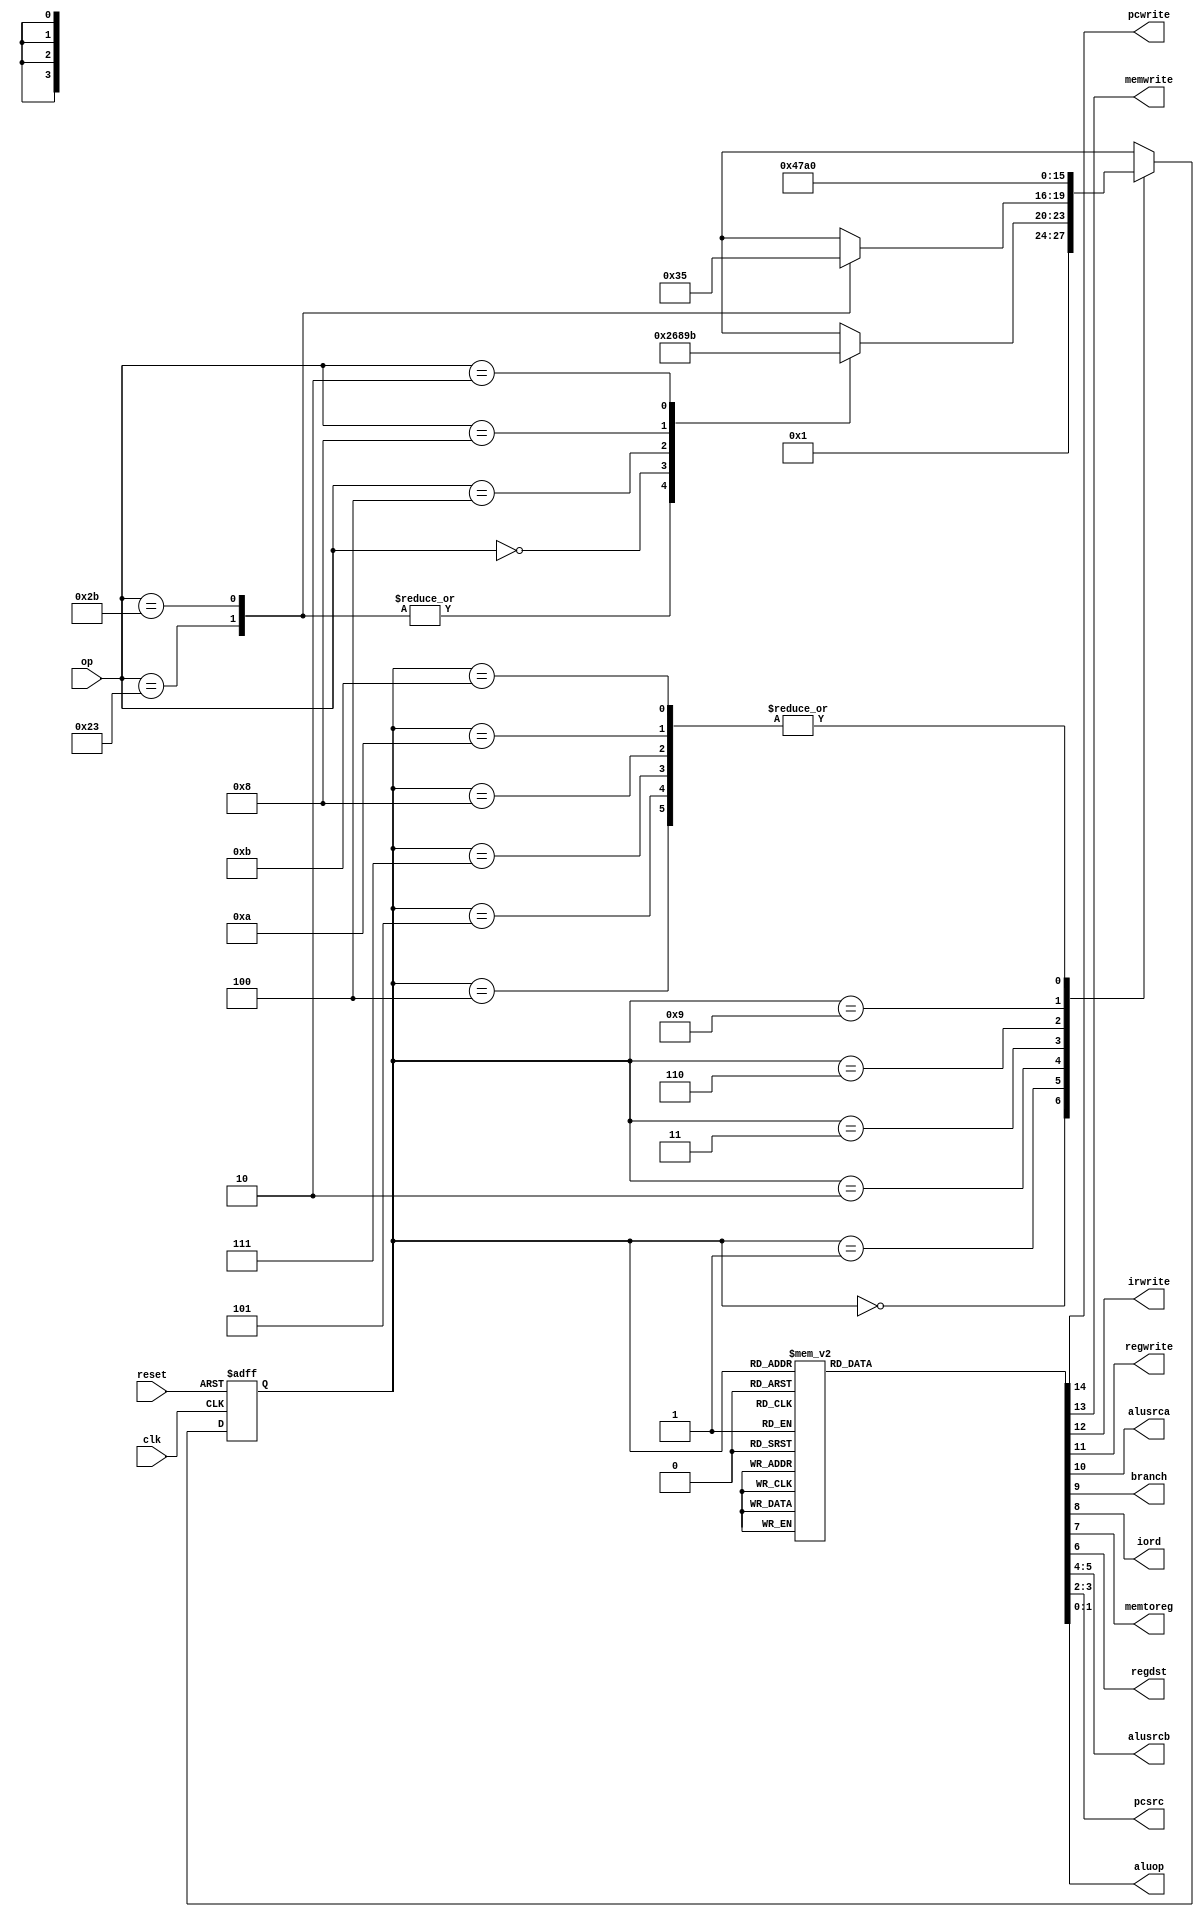

module maindec(input         clk, reset, 
               input   [5:0] op, 
               output        pcwrite, memwrite, irwrite, regwrite,
               output        alusrca, branch, iord, memtoreg, regdst,
               output  [1:0] alusrcb, pcsrc,
               output  [1:0] aluop);

  parameter   FETCH   = 4'b0000; // State 0
  parameter   DECODE  = 4'b0001; // State 1
  parameter   MEMADR  = 4'b0010;	// State 2
  parameter   MEMRD   = 4'b0011;	// State 3
  parameter   MEMWB   = 4'b0100;	// State 4
  parameter   MEMWR   = 4'b0101;	// State 5
  parameter   RTYPEEX = 4'b0110;	// State 6
  parameter   RTYPEWB = 4'b0111;	// State 7
  parameter   BEQEX   = 4'b1000;	// State 8
  parameter   ADDIEX  = 4'b1001;	// State 9
  parameter   ADDIWB  = 4'b1010;	// state 10
  parameter   JEX     = 4'b1011;	// State 11

  parameter   LW      = 6'b100011;	// Opcode for lw
  parameter   SW      = 6'b101011;	// Opcode for sw
  parameter   RTYPE   = 6'b000000;	// Opcode for R-type
  parameter   BEQ     = 6'b000100;	// Opcode for beq
  parameter   ADDI    = 6'b001000;	// Opcode for addi
  parameter   J       = 6'b000010;	// Opcode for j

  reg [3:0]  state, nextstate;
  reg [14:0] controls;

  // state register
  always @(posedge clk or posedge reset)			
    if(reset) state <= FETCH;
    else state <= nextstate;

  // ADD CODE HERE
  // Finish entering the next state logic below.  We've completed the first 
  // two states, FETCH and DECODE, for you.

  // next state logic
  always @(*)
    case(state)
      FETCH:   nextstate <= DECODE;
      DECODE:  case(op)
                 LW:      nextstate <= MEMADR;
                 SW:      nextstate <= MEMADR;
                 RTYPE:   nextstate <= RTYPEEX;
                 BEQ:     nextstate <= BEQEX;
                 ADDI:    nextstate <= ADDIEX;
                 J:       nextstate <= JEX;
                 default: nextstate <= 4'bx; // should never happen
               endcase
 		// Add code here
      MEMADR:  case (op)
                LW:       nextstate <= MEMRD;
                SW:       nextstate <= MEMWR;
                default:  nextstate <= 4'bx; // should never happen
               endcase
      MEMRD:    nextstate <= MEMWB; 
      MEMWB:    nextstate <= FETCH;
      MEMWR:    nextstate <= FETCH;
      RTYPEEX:  nextstate <= RTYPEWB;
      RTYPEWB:  nextstate <= FETCH;
      BEQEX:    nextstate <= FETCH;
      ADDIEX:   nextstate <= ADDIWB;
      ADDIWB:   nextstate <= FETCH;
      JEX:      nextstate <= FETCH;
      default: nextstate <= 4'bx; // should never happen
    endcase

  // output logic
  assign {pcwrite, memwrite, irwrite, regwrite, 
          alusrca, branch, iord, memtoreg, regdst,
          alusrcb, pcsrc, aluop} = controls;

  // ADD CODE HERE
  // Finish entering the output logic below.  We've entered the
  // output logic for the first two states, S0 and S1, for you.
  always @(*)
    case(state)
      FETCH:   controls <= 15'h5010;
      DECODE:  controls <= 15'h0030;
      MEMADR:  controls <= 15'b000010000100000;
      MEMRD:   controls <= 15'b000000100000000;
      MEMWB:   controls <= 15'b000100010000000;
      MEMWR:   controls <= 15'b010000100000000;
      RTYPEEX: controls <= 15'b000010000000010; 
      RTYPEWB: controls <= 15'b000100001000000;
      BEQEX:   controls <= 15'b000011000000100;
      ADDIEX:  controls <= 15'b000010000100000;
      ADDIWB:  controls <= 15'b000100000000000;
      JEX:     controls <= 15'b100000000001000;
      default: controls <= 15'hxxxx; // should never happen
    endcase
endmodule